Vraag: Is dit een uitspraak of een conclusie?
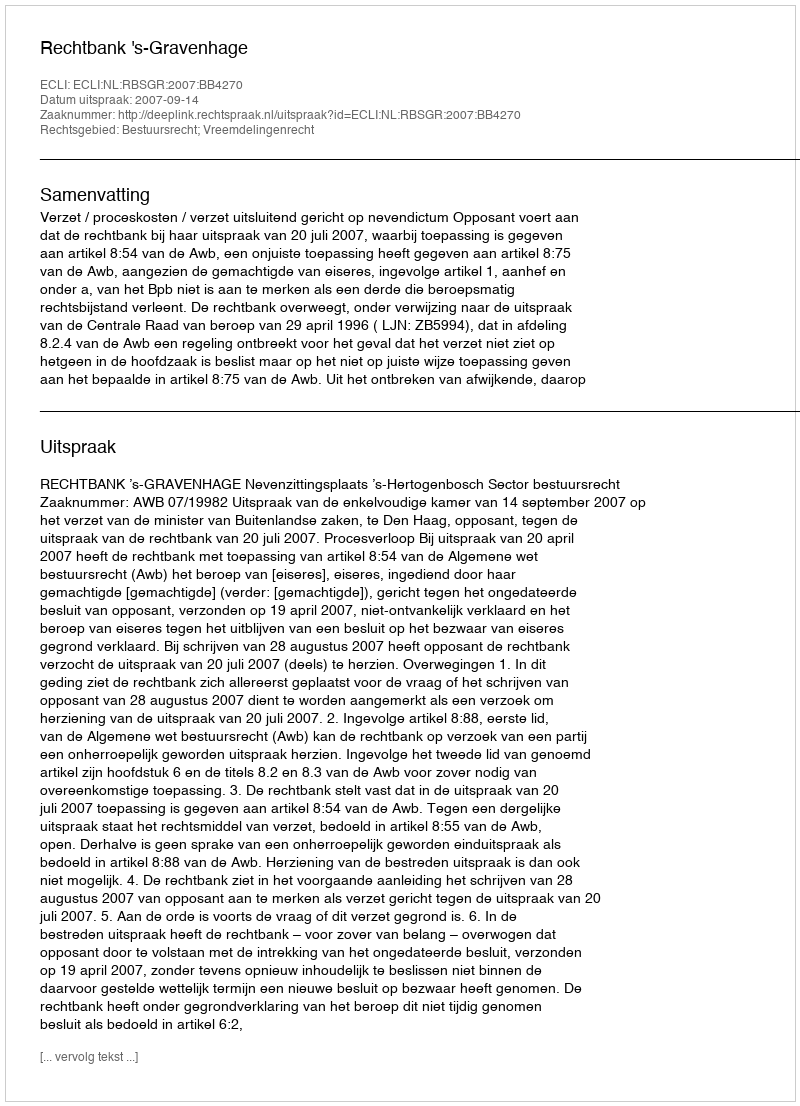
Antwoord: Uitspraak